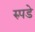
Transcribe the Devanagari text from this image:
रुपडे